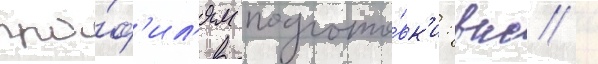
про́ф'ил'ям подгото́вк'и: вкс /